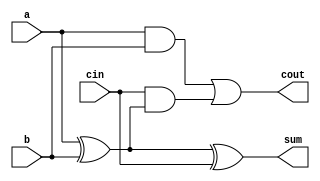
module FullAdder (
    input wire a,          // First input bit
    input wire b,          // Second input bit
    input wire cin,        // Carry input
    output wire sum,       // Sum output
    output wire cout       // Carry output
);
    assign sum = a ^ b ^ cin;        // Sum is XOR of a, b, and cin
    assign cout = (a & b) | (cin & (a ^ b)); // Carry is generated if any two inputs are high
endmodule